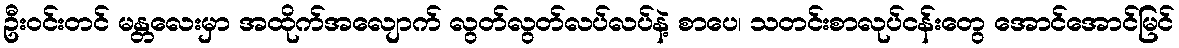
ဦးဝင်းတင် မန္တလေးမှာ အထိုက်အလျောက် လွတ်လွတ်လပ်လပ်နဲ့ စာပေ၊ သတင်းစာလုပ်ငန်းတွေ အောင်အောင်မြင်